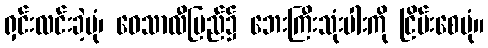
ရှင်းလင်းခဲ့ပုံ၊ ဝေသာလီပြည်၌ ဘေးကြီးသုံးပါးကို ငြိမ်းစေပုံ။